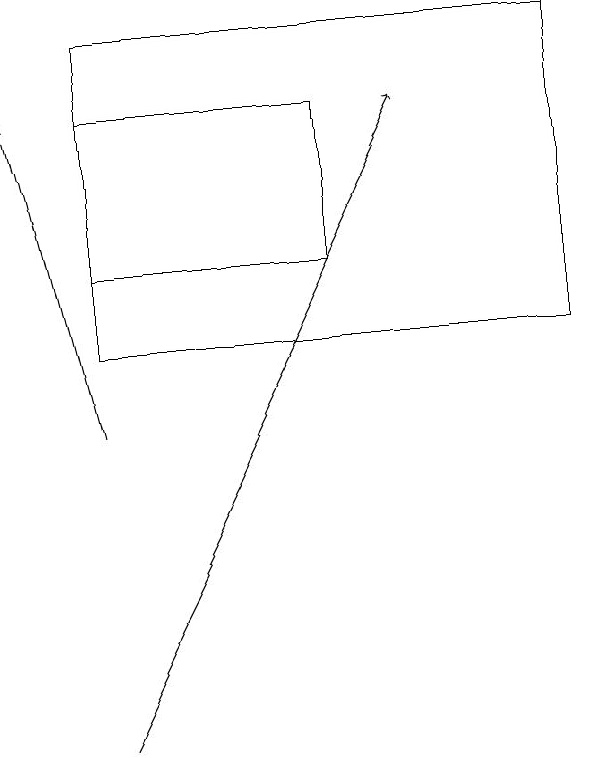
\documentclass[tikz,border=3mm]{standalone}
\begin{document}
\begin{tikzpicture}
\draw (1,19) rectangle (7,15);
\draw (4,16) rectangle (1,18);
\draw[->] (1,14) -- (0,18);
\draw[->] (1,10) -- (5,18);
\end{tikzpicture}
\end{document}